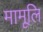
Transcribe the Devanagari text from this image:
मामूलि